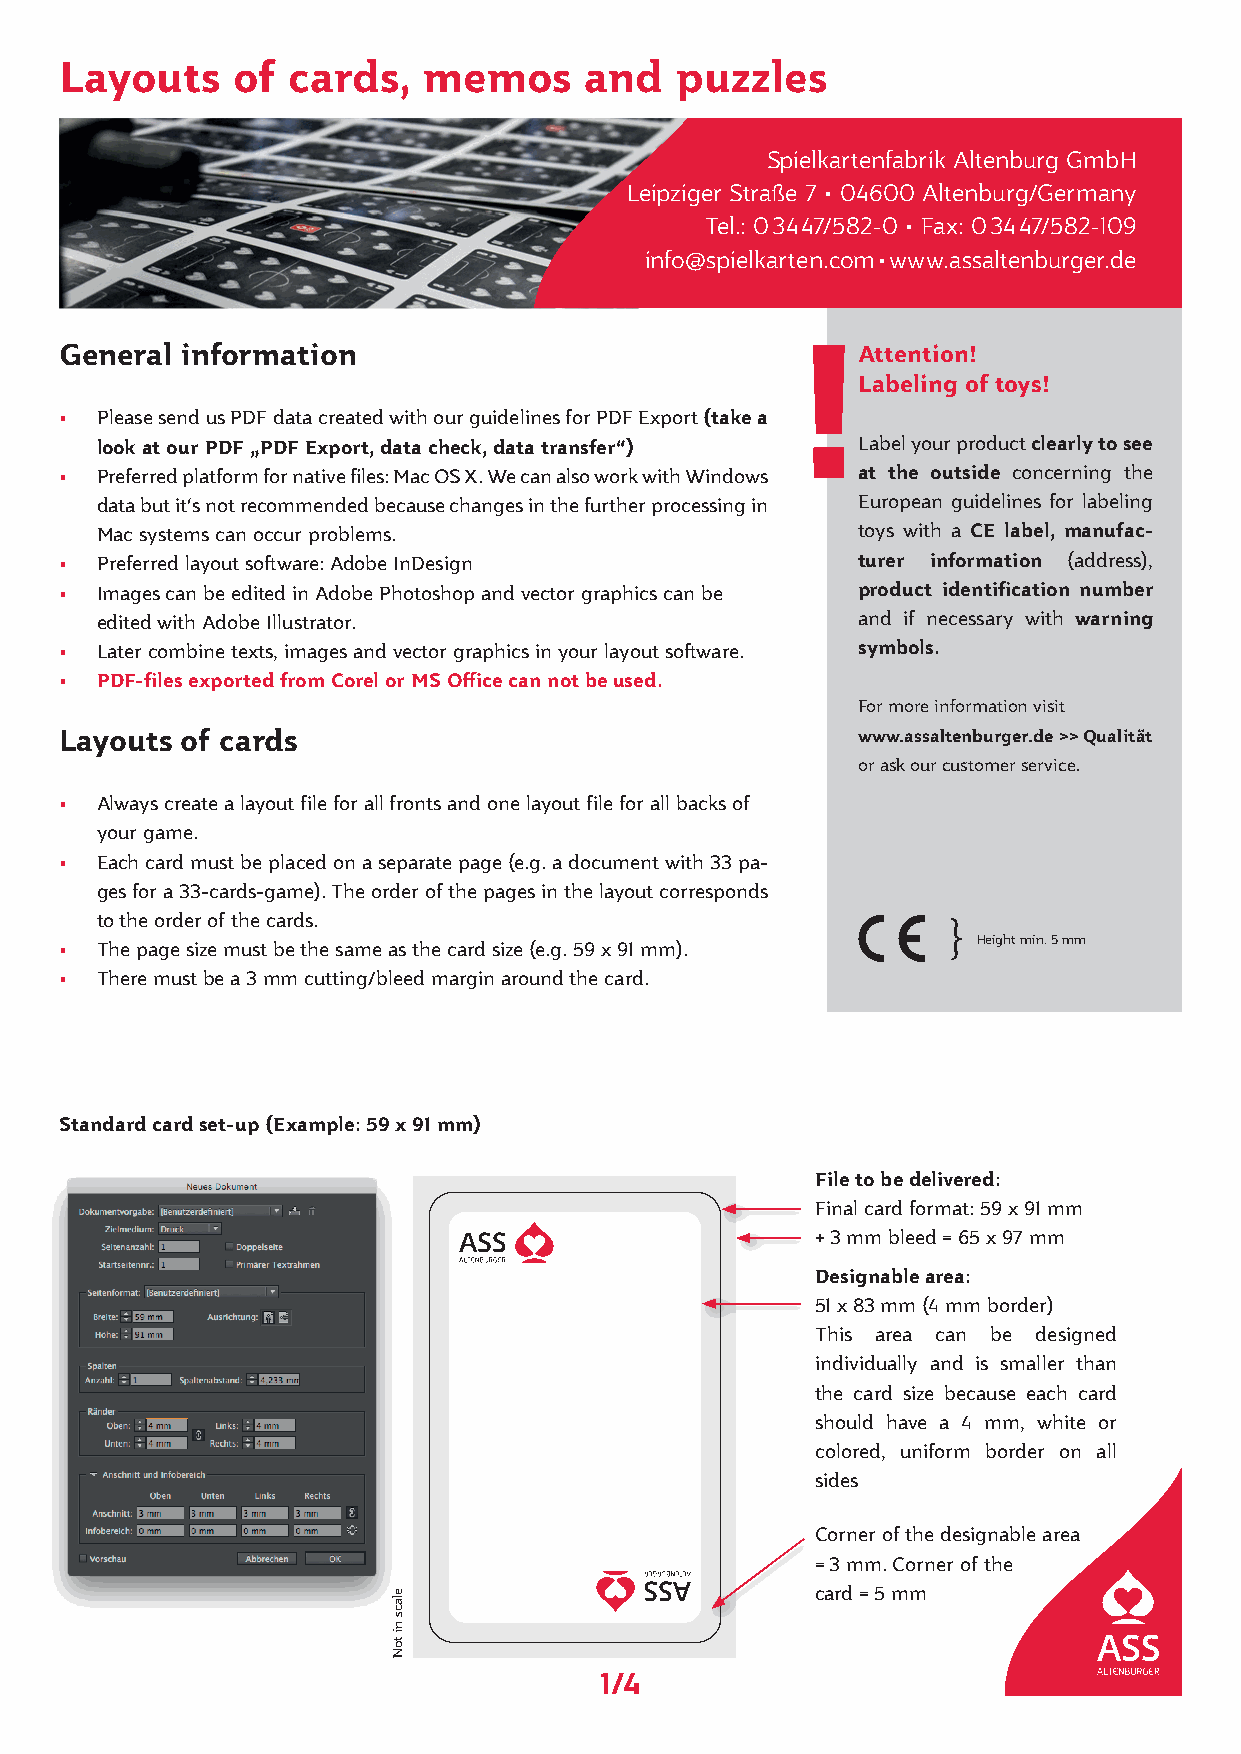
Layouts    of  cards,   memos      and   puzzles
 Spielkartenfabrik Altenburg GmbH
 Leipziger Straße 7 • 04600 Altenburg/Germany
 Tel.: 0 34 47/582-0 • Fax: 0 34 47/582-109
 info@spielkarten.com • www.assaltenburger.de
 General information                                  Attention!
 !
 Labeling of toys!
 • Please send us PDF data created with our guidelines for PDF Export (take a
 look at our PDF „PDF Export, data check, data transfer“) Label your product clearly to see
 • Preferred platform for native files: Mac OS X. We can also work with Windows at the outside concerning the
 data but it‘s not recommended because changes in the further processing in European guidelines for labeling
 Mac systems can occur problems.                    toys with a CE label, manufac-
 • Preferred layout software: Adobe InDesign          turer information (address),
 • Images can be edited in Adobe Photoshop and vector graphics can be product identification number
 edited with Adobe Illustrator.                     and if necessary with warning
 • Later combine texts, images and vector graphics in your layout software. symbols.
 • PDF-files exported from Corel or MS Office can not be used.
 For more information visit
 Layouts of cards                                     www.assaltenburger.de >> Qualität
 or ask our customer service.
 • Always create a layout file for all fronts and one layout file for all backs of
 your game.
 • Each card must be placed on a separate page (e.g. a document with 33 pa-
 ges for a 33-cards-game). The order of the pages in the layout corresponds
 to the order of the cards.
 }
 Height min. 5 mm
 • The page size must be the same as the card size (e.g. 59 x 91 mm).
 • There must be a 3 mm cutting/bleed margin around the card.
 Standard card set-up (Example: 59 x 91 mm)
 File to be delivered:
 Final card format: 59 x 91 mm
 + 3 mm bleed = 65 x 97 mm
 Designable area:
 51 x 83 mm (4 mm border)
 This area can be designed
 individually and is smaller than
 the card size because each card
 should have a 4 mm, white or
 colored, uniform border on all
 sides
 Corner of the designable area
 = 3 mm. Corner of the
 card = 5 mm
 1/4
 elacs
 ni
 toN